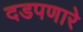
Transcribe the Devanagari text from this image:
दडपणारे